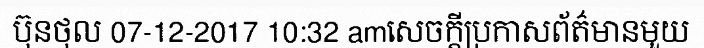
ប៊ុនថុល 07-12-2017 10:32 amសេចក្តីប្រកាសព័ត៌មានមួយ